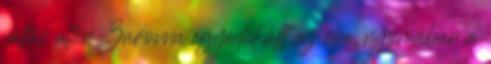
váltás után Zarovna egyedül állt az élre, nyomában a